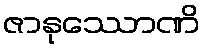
ဇာနုဿောဏိ